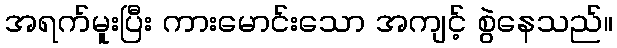
အရက်မူးပြီး ကားမောင်းသော အကျင့် စွဲနေသည်။